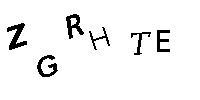
ZGRHTE